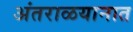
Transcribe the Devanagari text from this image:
अंतराळयानात